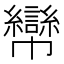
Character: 㡩